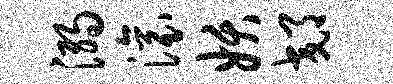
溺滚妖郊